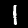
Label: 1